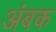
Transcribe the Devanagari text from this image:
अंबक